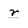
Character: r